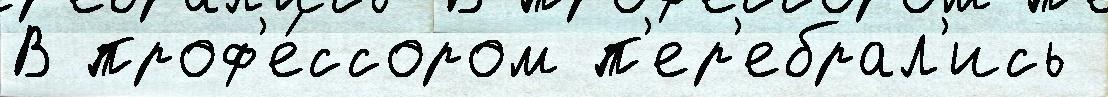
В проф'е́ссором п'ер'ебрал'ись